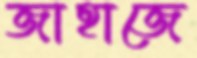
জাহাজে